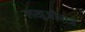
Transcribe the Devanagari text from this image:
लखुजीराजे